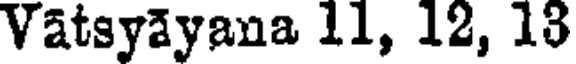
Vatsyayana 11, 12, 13